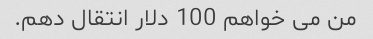
من می خواهم 100 دلار انتقال دهم.